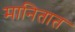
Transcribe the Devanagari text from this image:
मानितात